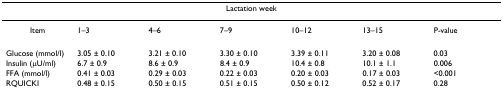
<table><thead><tr><td></td><td colspan="5"><b>Lactation week</b></td><td></td></tr></thead><tbody><tr><td>Item</td><td>1–3</td><td>4–6</td><td>7–9</td><td>10–12</td><td>13–15</td><td>P-value</td></tr><tr><td>Glucose (mmol/l)</td><td>3.05 ± 0.10</td><td>3.21 ± 0.10</td><td>3.30 ± 0.10</td><td>3.39 ± 0.11</td><td>3.20 ± 0.08</td><td>0.03</td></tr><tr><td>Insulin (μU/ml)</td><td>6.7 ± 0.9</td><td>8.6 ± 0.9</td><td>8.4 ± 0.9</td><td>10.4 ± 0.8</td><td>10.1 ± 1.1</td><td>0.006</td></tr><tr><td>FFA (mmol/l)</td><td>0.41 ± 0.03</td><td>0.29 ± 0.03</td><td>0.22 ± 0.03</td><td>0.20 ± 0.03</td><td>0.17 ± 0.03</td><td>&lt;0.001</td></tr><tr><td>RQUICKI</td><td>0.48 ± 0.15</td><td>0.50 ± 0.15</td><td>0.51 ± 0.15</td><td>0.50 ± 0.12</td><td>0.52 ± 0.17</td><td>0.28</td></tr></tbody></table>